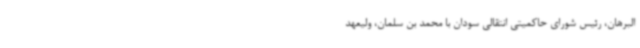
البرهان، رئیس شورای حاکمیتی انتقالی سودان با محمد بن سلمان، ولیعهد